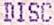
DISC